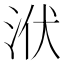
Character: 洑